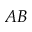
A B